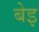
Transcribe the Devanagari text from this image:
बेइ